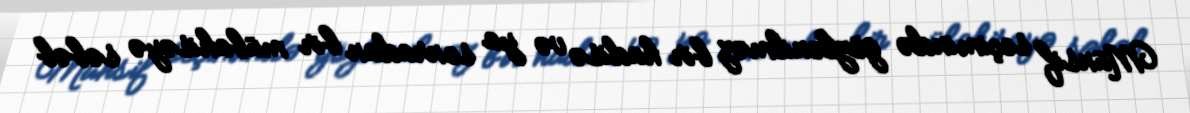
Münsif seçimində gözlənilməz bir hadisə və ya sonradan bir mübahisəyə səbəb